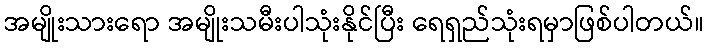
အမျိုးသားရော အမျိုးသမီးပါသုံးနိုင်ပြီး ရေရှည်သုံးရမှာဖြစ်ပါတယ်။